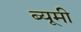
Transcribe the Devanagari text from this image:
ब्यूमी